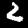
Digit: 2